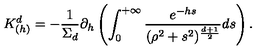
K _ { ( h ) } ^ { d } = - { \frac { 1 } { \Sigma _ { d } } } \partial _ { h } \left( \int _ { 0 } ^ { + \infty } { \frac { e ^ { - h s } } { ( \rho ^ { 2 } + s ^ { 2 } ) ^ { \frac { d + 1 } { 2 } } } } d s \right) .